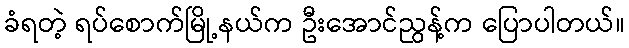
ခံရတဲ့ ရပ်စောက်မြို့နယ်က ဦးအောင်ညွန့်က ပြောပါတယ်။